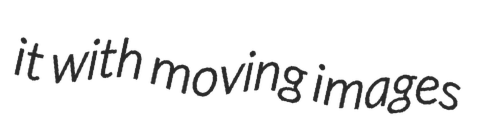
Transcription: it with moving images